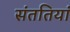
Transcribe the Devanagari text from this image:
संततियां